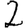
Digit: 2